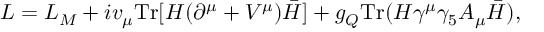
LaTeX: { \cal L } = { \cal L } _ { M } + i v _ { \mu } \mathrm { T r } [ H ( \partial ^ { \mu } + V ^ { \mu } ) \bar { H } ] + g _ { Q } \mathrm { T r } ( H \gamma ^ { \mu } \gamma _ { 5 } A _ { \mu } \bar { H } ) ,